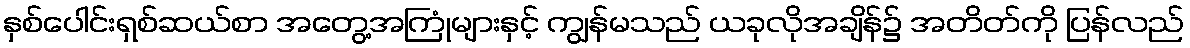
နှစ်ပေါင်းရှစ်ဆယ်စာ အတွေ့အကြုံများနှင့် ကျွန်မသည် ယခုလိုအချိန်၌ အတိတ်ကို ပြန်လည်